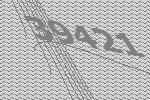
39421